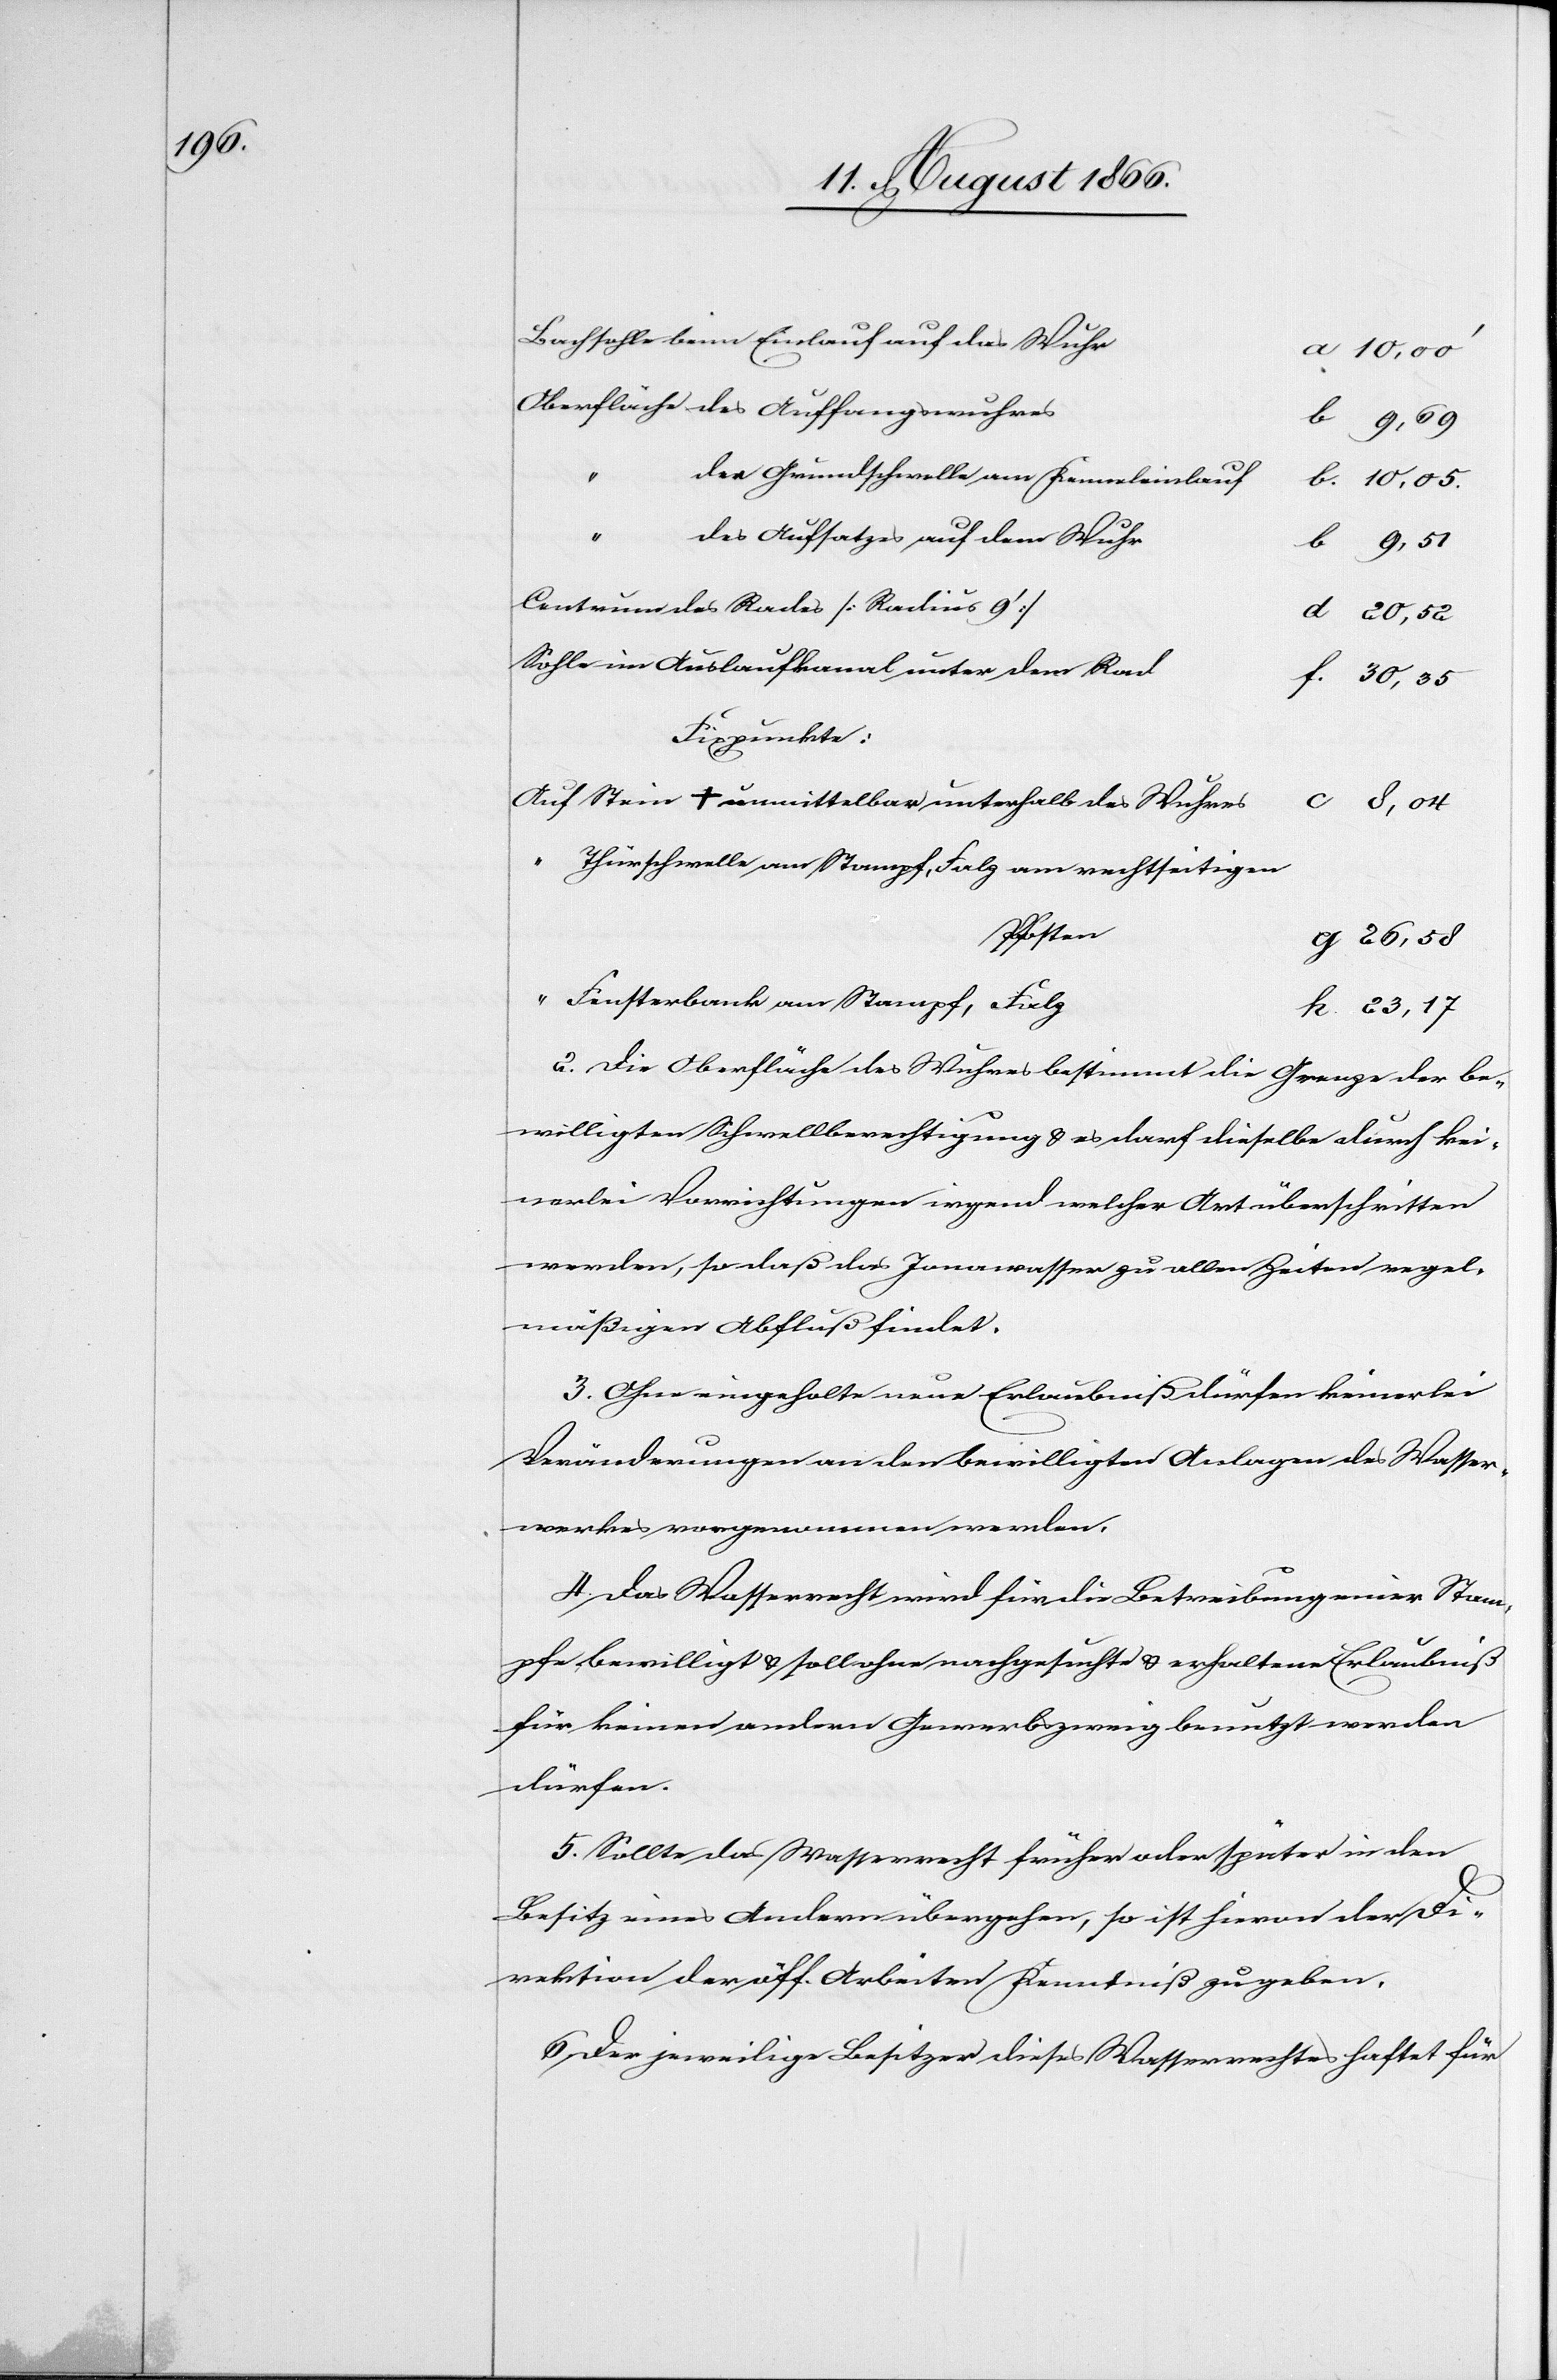
10,05.

der Grundschwelle am Kanaleinlauf
30,35
des Aufsatzes auf dem Wuhr
im Auslaufkanal unter dem Rad
Fixpunkte:
Stein + unmittelbar unterhalb des Wuhres
Thürschwelle am Stampf, Falz am rechtseitigen
Pfosten
26,58
Fensterbank am Stampf, Falz
23,17
2. Die Oberfläche des Wuhres bestimmt die Grenze der be¬
willigten Schwellberechtigung u. es darf dieselbe durch kei¬
nerlei Vorrichtungen irgend welcher Art überschritten
werden, so daß das Jonawasser zu allen Zeiten regel¬
mäßigen Abfluß findet.
3. Ohne eingeholte neue Erlaubniß dürfen keinerlei
Veränderungen an den bewilligten Anlagen des Wasser¬
werkes vorgenommen werden.
4. Das Wasserrecht wird für die Betreibung einer Stam¬
pfe bewilligt u. soll ohne nachgesuchte u. erhaltene Erlaubniß
für keinen andern Gewerbszweig benutzt werden
dürfen.
5. Sollte das Wasserrecht früher oder später in den
Besitz eines Andern übergehen, so ist hievon der Di¬
rektion der öff. Arbeiten Kenntniß zu geben.
6. Der jeweilige Besitzer dieses Wasserrechtes haftet für